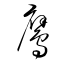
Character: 鷹